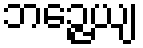
ဘဉ္ဇေယျ